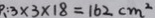
、 : 3 \times 3 \times 1 8 = 1 6 2 c m ^ { 2 }